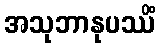
အသုဘာနုပဿိံ